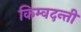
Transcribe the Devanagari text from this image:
किम्वदन्ती